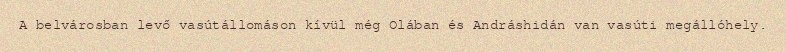
A belvárosban levő vasútállomáson kívül még Olában és Andráshidán van vasúti megállóhely.